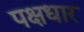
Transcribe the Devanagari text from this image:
पक्षधार